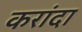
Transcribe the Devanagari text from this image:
करांदा